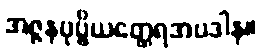
အဇ္ဇနပုပ္ဖိယတ္ထေရအပဒါန။